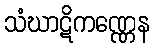
သံဃာဋိကဏ္ဏေန